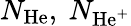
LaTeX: N_{\mathrm{He}},~N_{\mathrm{He^{+}}}